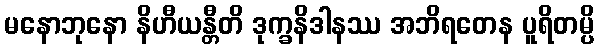
မနောဘုနော နိဟီယန္တီတိ ဒုက္ခနိဒါနဿ အဘိရတေန ပူရိတမ္ပိ